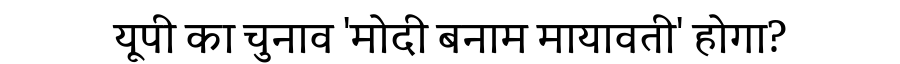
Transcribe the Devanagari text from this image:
यूपी का चुनाव 'मोदी बनाम मायावती' होगा?